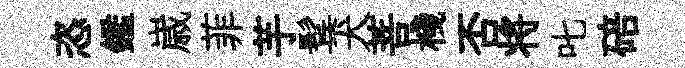
恣鑑𡻕菲芋鬂犬菩棧否将叱碚